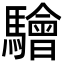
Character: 𩦱